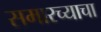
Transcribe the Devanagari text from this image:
समारच्याचा